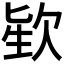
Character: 𪴬